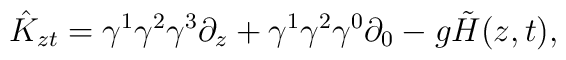
\hat K_{zt}=\gamma ^1\gamma ^2\gamma ^3\partial_z+\gamma^1\gamma ^2\gamma ^0\partial _0-g\tilde H(z,t),